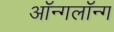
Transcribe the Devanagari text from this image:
ऑन्गलॉन्ग